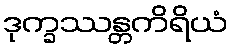
ဒုက္ခဿန္တကိရိယံ